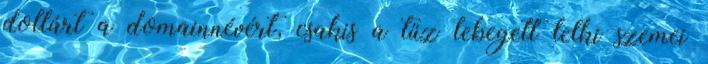
dollárt a domainnévért, csakis a tűz lebegett lelki szemei